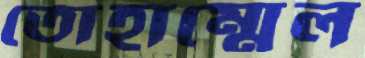
তোহাম্মেল